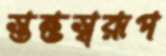
স্তম্ভস্বরূপ